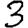
Digit: 3